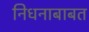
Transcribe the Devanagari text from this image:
निधनाबाबत